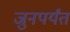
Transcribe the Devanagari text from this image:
जुनपर्यंत